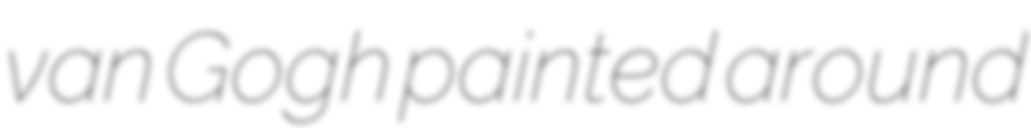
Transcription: van Gogh painted around